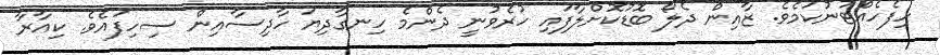
ހިފެހެއްޓުނުކަމެވެ. ޒާއިން ދެލޯ ބޮޑުކޮށްލާފައި ހުރެވުނީ ދެންމެ ހިނގާދިޔަ ހާދިސާއިން ސިހިފައެވެ. ކިއާރާ